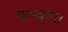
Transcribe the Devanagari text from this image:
कम्प्युटर।